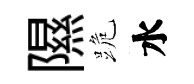
隰跪水